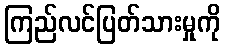
ကြည်လင်ပြတ်သားမှုကို